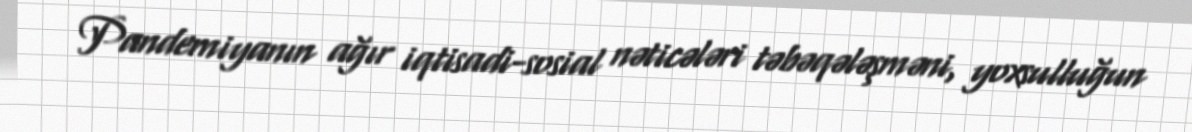
Pandemiyanın ağır iqtisadi-sosial nəticələri təbəqələşməni, yoxsulluğun